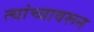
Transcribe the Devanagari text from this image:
त्यांच्यावरून